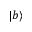
\left\vert b \right\rangle